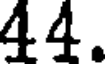
44.